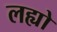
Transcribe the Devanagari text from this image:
लह्यो